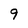
Character: 9